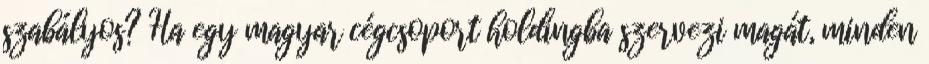
szabályos? Ha egy magyar cégcsoport holdingba szervezi magát, minden